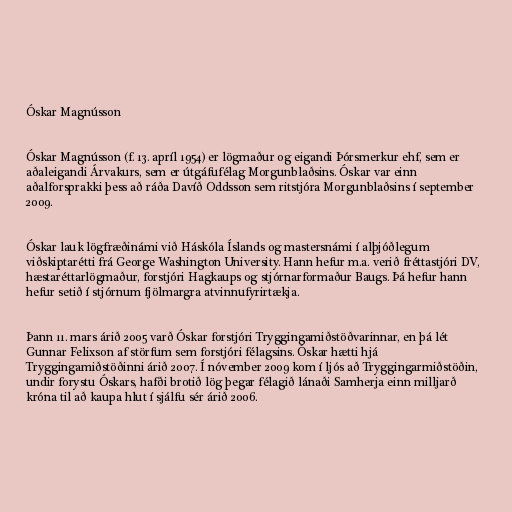
Óskar Magnússon

Óskar Magnússon (f. 13. apríl 1954) er lögmaður og eigandi Þórsmerkur ehf, sem er
aðaleigandi Árvakurs, sem er útgáfufélag Morgunblaðsins. Óskar var einn
aðalforsprakki þess að ráða Davíð Oddsson sem ritstjóra Morgunblaðsins í september
2009.

Óskar lauk lögfræðinámi við Háskóla Íslands og mastersnámi í alþjóðlegum
viðskiptarétti frá George Washington University. Hann hefur m.a. verið fréttastjóri DV,
hæstaréttarlögmaður, forstjóri Hagkaups og stjórnarformaður Baugs. Þá hefur hann
hefur setið í stjórnum fjölmargra atvinnufyrirtækja.

Þann 11. mars árið 2005 varð Óskar forstjóri Tryggingamiðstöðvarinnar, en þá lét
Gunnar Felixson af störfum sem forstjóri félagsins. Óskar hætti hjá
Tryggingamiðstöðinni árið 2007. Í nóvember 2009 kom í ljós að Tryggingarmiðstöðin,
undir forystu Óskars, hafði brotið lög þegar félagið lánaði Samherja einn milljarð
króna til að kaupa hlut í sjálfu sér árið 2006.